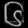
Digit: ၆